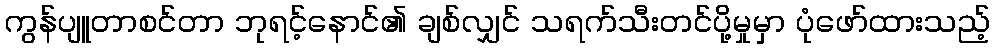
ကွန်ပျူတာစင်တာ ဘုရင့်နောင်၏ ချစ်လျှင် သရက်သီးတင်ပို့မှုမှာ ပုံဖော်ထားသည့်